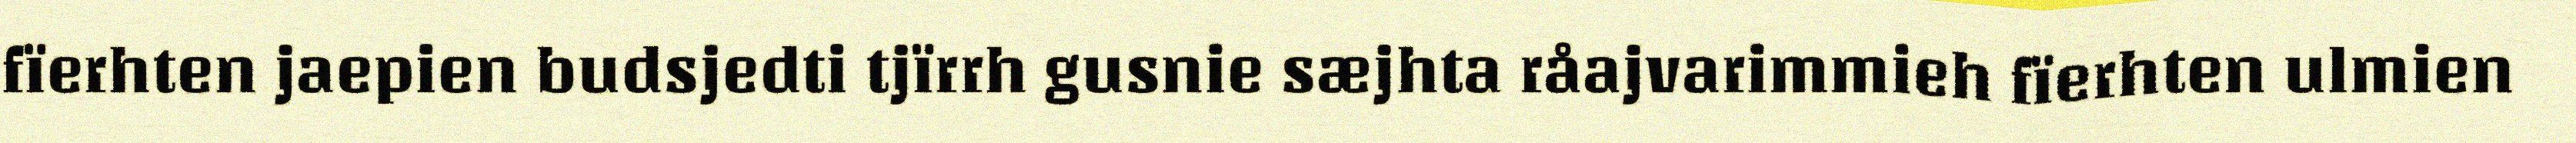
fïerhten jaepien budsjedti tjïrrh gusnie sæjhta råajvarimmieh fïerhten ulmien